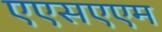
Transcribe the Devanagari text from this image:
एएसएएम